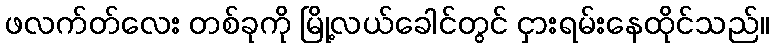
ဖလက်တ်လေး တစ်ခုကို မြို့လယ်ခေါင်တွင် ငှားရမ်းနေထိုင်သည်။